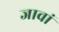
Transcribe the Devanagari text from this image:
जावां